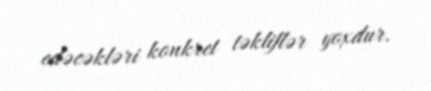
edəcəkləri konkret təkliflər yoxdur.